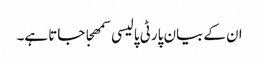
ان کے بیان پارٹی پالیسی سمھجا جاتا ہے۔